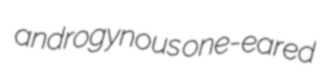
androgynous one-eared